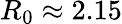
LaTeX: R_{0}\approx 2.15